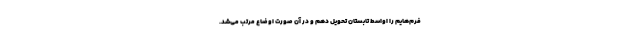
فرم‌هایم را اواسط تابستان تحویل دهم و در آن صورت اوضاع مرتب می‌شد.